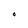
Character: O